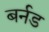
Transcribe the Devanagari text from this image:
बर्नड